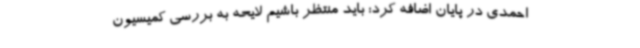
احمدی در پایان اضافه کرد: باید منتظر باشیم لایحه به بررسی کمیسیون